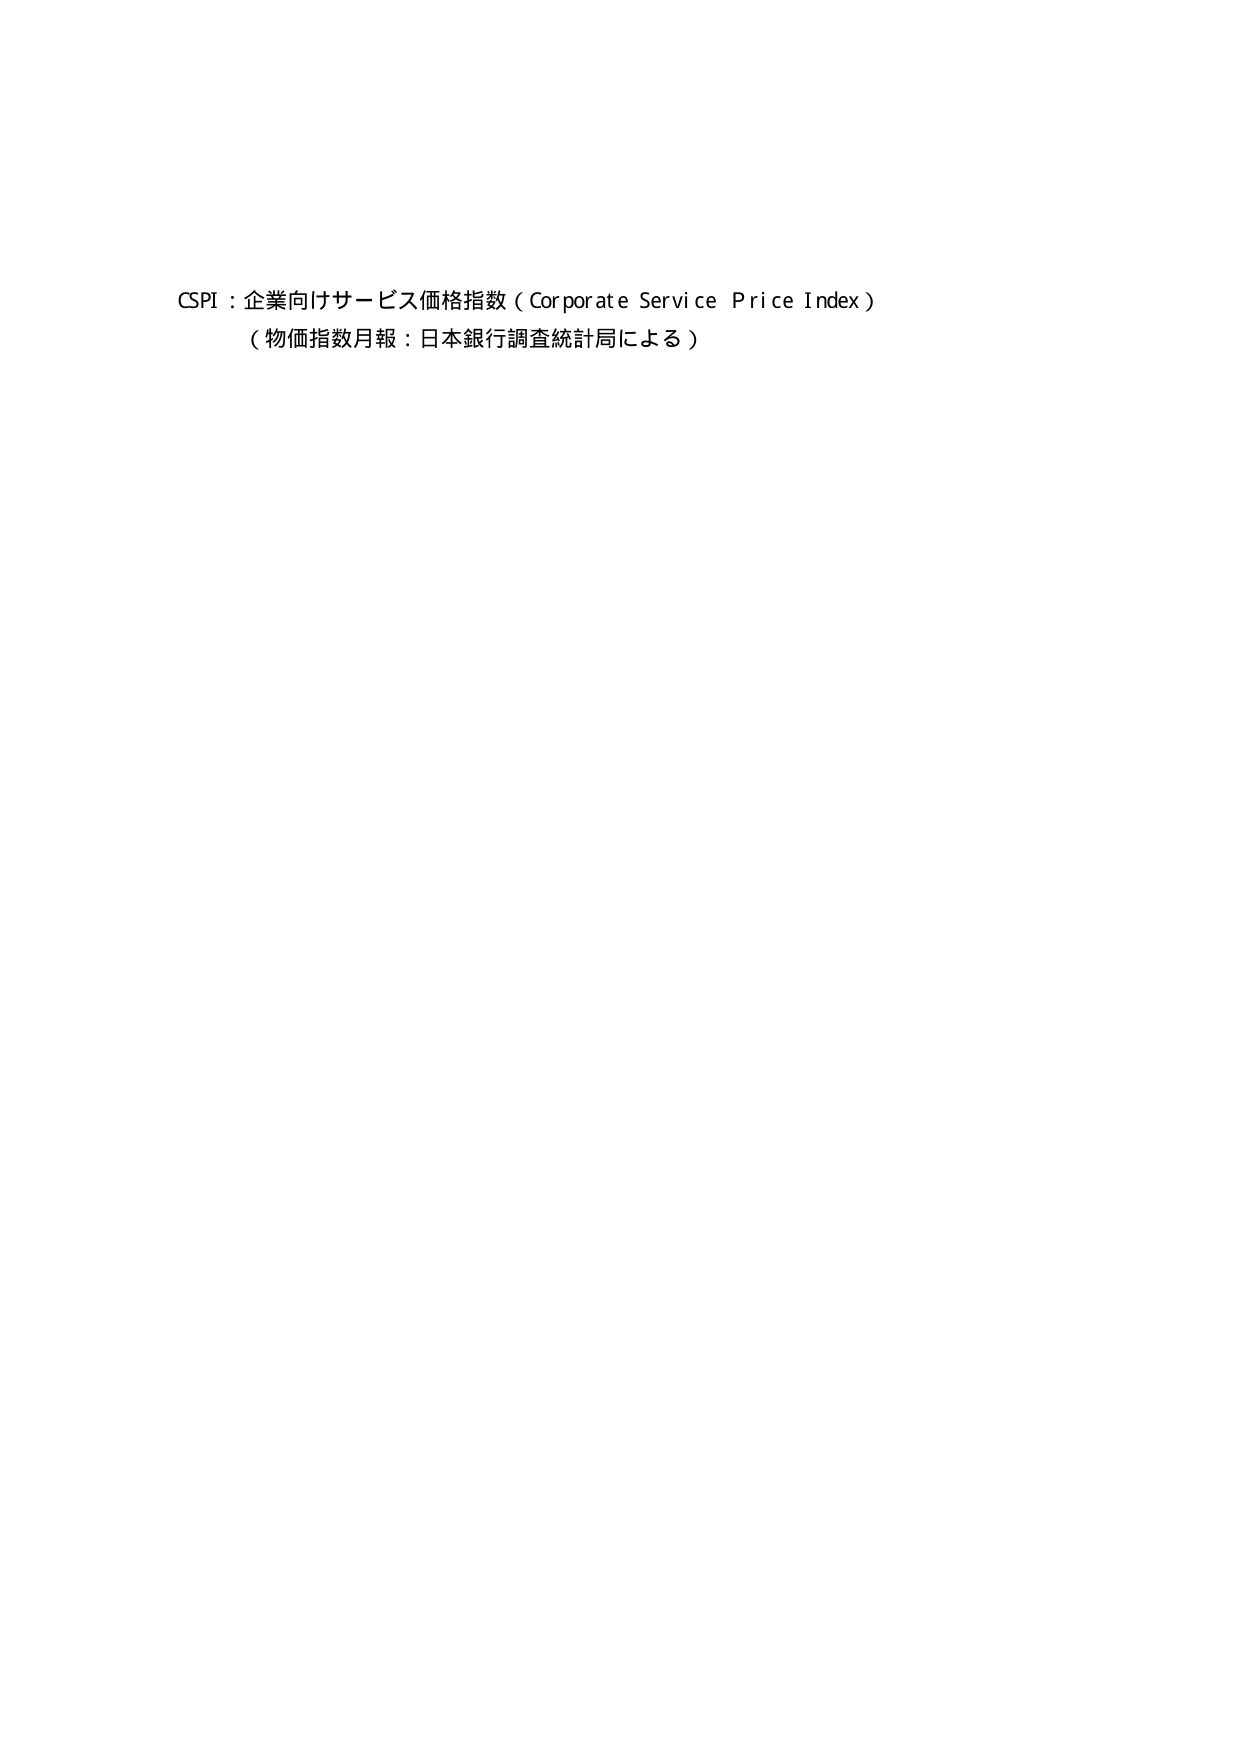
CSPI：企業向けサービス価格指数（Corporate Service Price Index）
（物価指数月報：日本銀行調査統計局による）